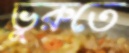
ভুরুতে